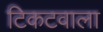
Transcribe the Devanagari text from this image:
टिकटवाला